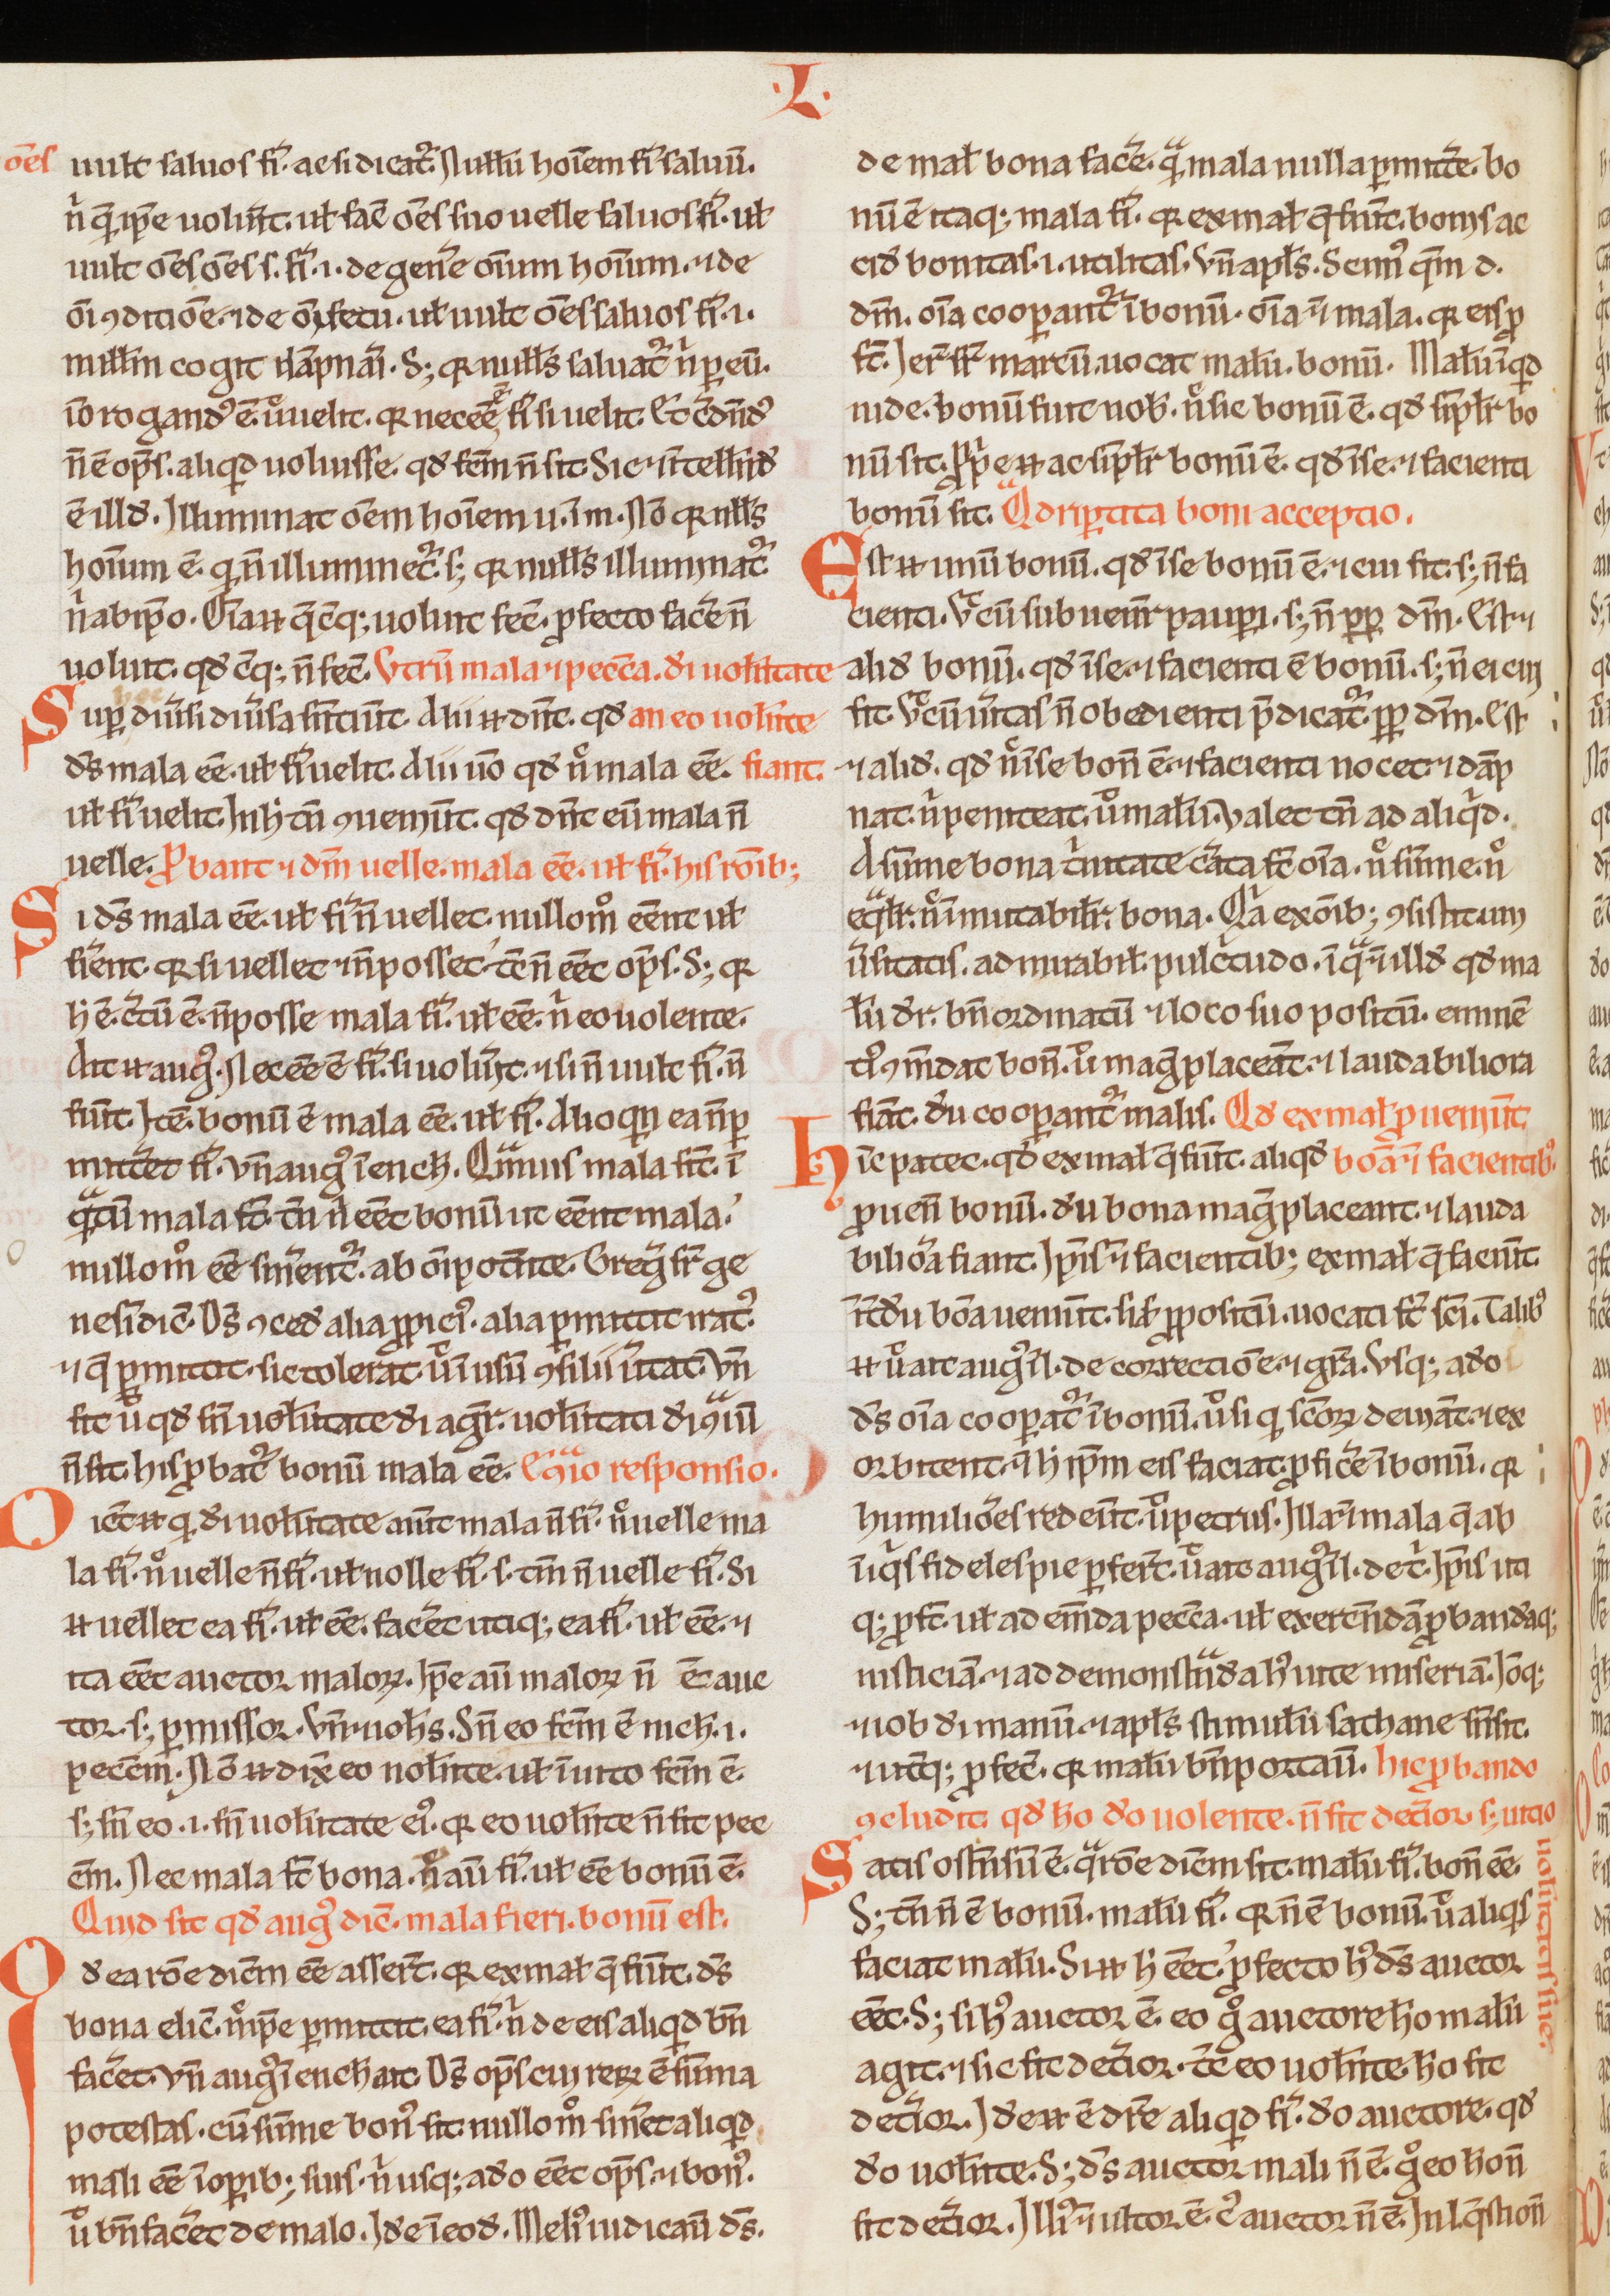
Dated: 1200–1230